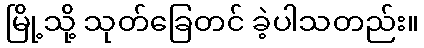
မြို့သို့ သုတ်ခြေတင် ခဲ့ပါသတည်း။